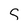
Character: s